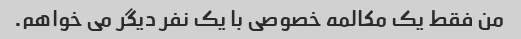
من فقط یک مکالمه خصوصی با یک نفر دیگر می خواهم.